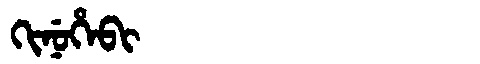
Manchu: ᡴᡳᠨᡠᡥᡝᠪᡳ
Romanization: KINUHEBI